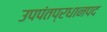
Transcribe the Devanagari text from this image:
उपपंतप्रधानपद